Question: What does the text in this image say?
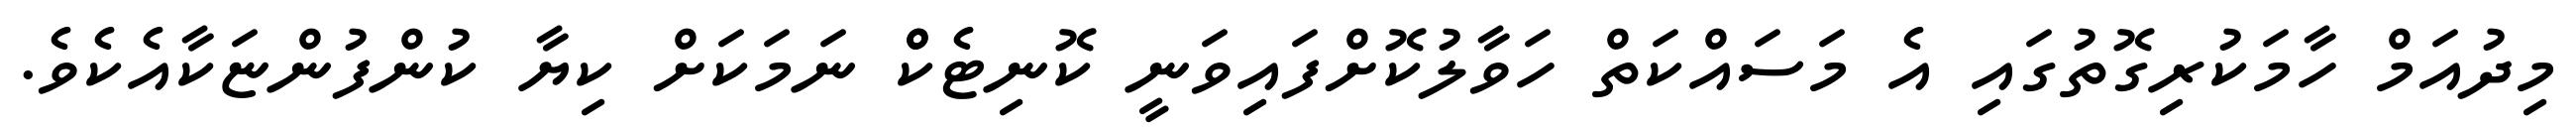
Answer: މިދުއަމް ހާމަކުރިގޮތުގައި އެ މަސައްކަތް ހަވާލުކޮށްފައިވަނީ ކޮނިޓެކްް ނަމަކަށް ކިޔާ ކުންފުންޏަކާއެކެވެ.